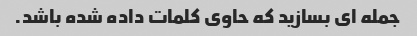
جمله ای بسازید که حاوی کلمات داده شده باشد.